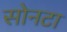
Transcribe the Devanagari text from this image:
सोनटा